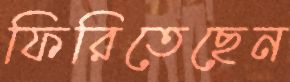
ফিরিতেছেন